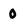
Character: 0